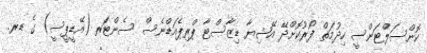
ކޮންސަލްޓަންސީ ހިދުމަތް ފޯރުކޮށްދޭ އޭޝިޔާ ޑިޒާސްޓާ ޕްރިޕެއަޑްނެސް ސެންޓަރ (އޭޑީޕީސީ) ގެ ޑރ.